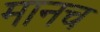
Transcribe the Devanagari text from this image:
मानच